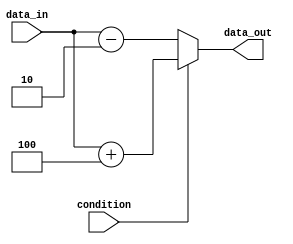
module IfElseStatement (
    input wire condition,
    input wire [3:0] data_in,
    output reg [3:0] data_out
    );

always @(*)
begin
    if (condition)
    begin
        // Set data_out to some value based on the condition being true
        data_out = data_in + 4;
    end
    else
    begin
        // Set data_out to some value based on the condition being false
        data_out = data_in - 2;
    end
end

endmodule